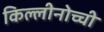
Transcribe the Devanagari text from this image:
किल्लीनोच्ची